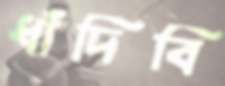
ধাঁদিবি